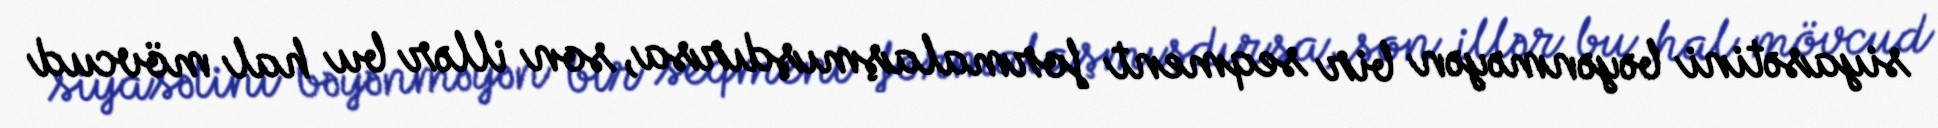
siyasətini bəyənməyən bir seqment formalaşmışdırsa, son illər bu hal mövcud